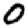
Digit: 0